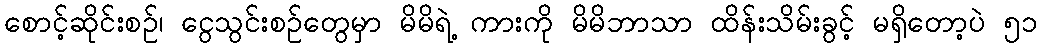
စောင့်ဆိုင်းစဉ်၊ ငွေသွင်းစဉ်တွေမှာ မိမိရဲ့ ကားကို မိမိဘာသာ ထိန်းသိမ်းခွင့် မရှိတော့ပဲ ၅၁